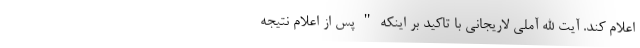
اعلام کند. آیت الله آملی لاریجانی با تاکید بر اینکه"پس از اعلام نتیجه